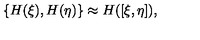
\{ H ( \xi ) , H ( \eta ) \} \approx H ( [ \xi , \eta ] ) ,